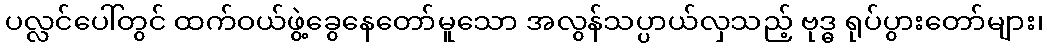
ပလ္လင်ပေါ်တွင် ထက်ဝယ်ဖွဲ့ခွေနေတော်မူသော အလွန်သပ္ပာယ်လှသည့် ဗုဒ္ဓ ရုပ်ပွားတော်များ၊